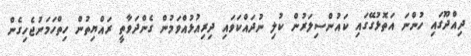
ދިއްދޫގައި ހުންނަ އަތޮޅުގޭގައި ކައުންސިލަރުން ކުލި ނުދައްކަވައި ދިރިއުޅުއްވަމުން ގެންދަވާތީ ރައްޔިތުން ހިތްހަމަނުޖެހިގެން